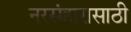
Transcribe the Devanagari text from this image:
नरसंहारासाठी